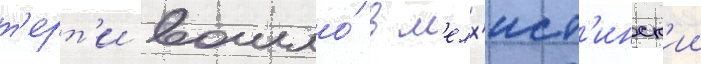
т'ерт'и вошло́ в м'елх'ист'инск'ии